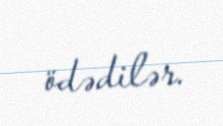
ödədilər.